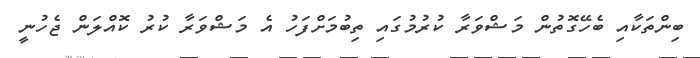
ބިންތަކާއި ބެހޭގޮތުން މަޝްވަރާ ކުރުމުގައި ތިބުމަށްފަހު އެ މަޝްވަރާ ކުރު ކޮއްލަން ޖެހުނީ